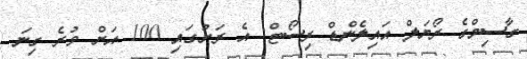
ގާސިމްގެ ރޯޔަލް އައިލެންޑް ރިސޯޓް: އެ ރަށުގައި 100 އަށް ވުރެ ގިނަ